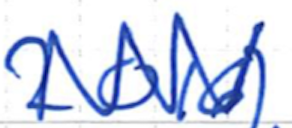
Text: 2016)
Cross-out: zig-zag
Writing tool: ballpoint